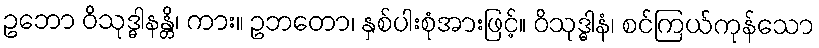
ဥဘော ဝိသုဒ္ဓါနန္တိ၊ ကား။ ဥဘတော၊ နှစ်ပါးစုံအားဖြင့်။ ဝိသုဒ္ဓါနံ၊ စင်ကြယ်ကုန်သော